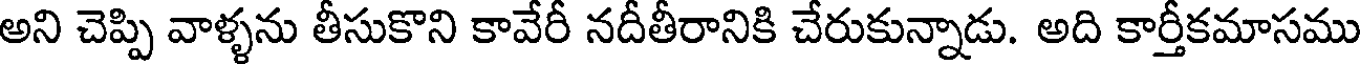
అని చెప్పి వాళ్ళను తీసుకొని కావేరీ నదీతీరానికి చేరుకున్నాడు. అది కార్తీకమాసము